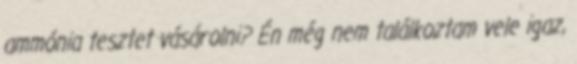
ammónia tesztet vásárolni? Én még nem találkoztam vele igaz,